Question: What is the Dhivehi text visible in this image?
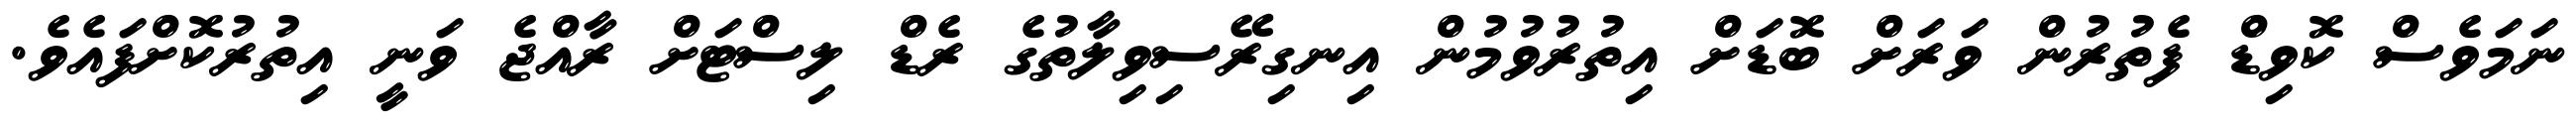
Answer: ނަމަވެސް ކޮވިޑް ފެތުރުން ވަރަށް ބޮޑަށް އިތުރުވުމުން އިނގިރޭސިވިލާތުގެ ރެޑް ލިސްޓަށް ރާއްޖެ ވަނީ އިތުރުކޮށްފައެވެ.